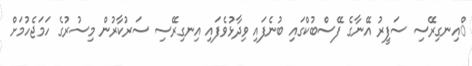
ްއިނގިރޭސި ސަފީރު އޭނާގެ ފޭސްބުކްގައި ބުނެފައި ވިދާޅުވެފައި އިނގިރޭސި ސަރުކާރުން މިސުރުގެ ހަމަޖެހުމަށް